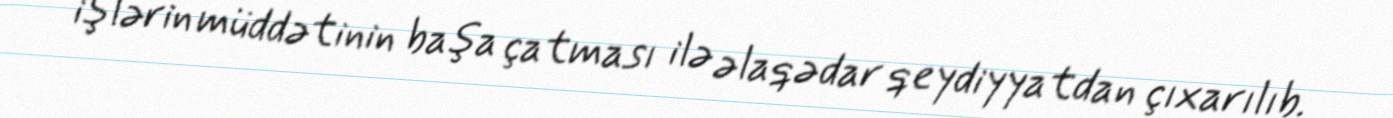
işlərin müddətinin başa çatması ilə əlaqədar qeydiyyatdan çıxarılıb.